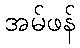
အမ်ဖန်